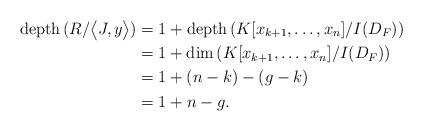
LaTeX: \begin{align*} \mathrm{depth}\,(R/\big<J,y\big>)&=1+\mathrm{depth}\,(K[x_{k+1},\ldots,x_{n}]/I(D_{F}))\\&=1+\mathrm{dim}\,(K[x_{k+1},\ldots,x_{n}]/I(D_{F}))\\&=1+(n-k)-(g-k)\\&=1+n-g. \end{align*}